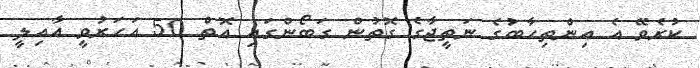
ކުރެވޭ އެ އިންތިހާބުގެ ނަތީޖާގެ ގޮތުން ގަބޯންގައި އޮތް 50 އަހަރުވީ އާއިލީ